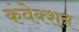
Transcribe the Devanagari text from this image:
कंवेक्शन